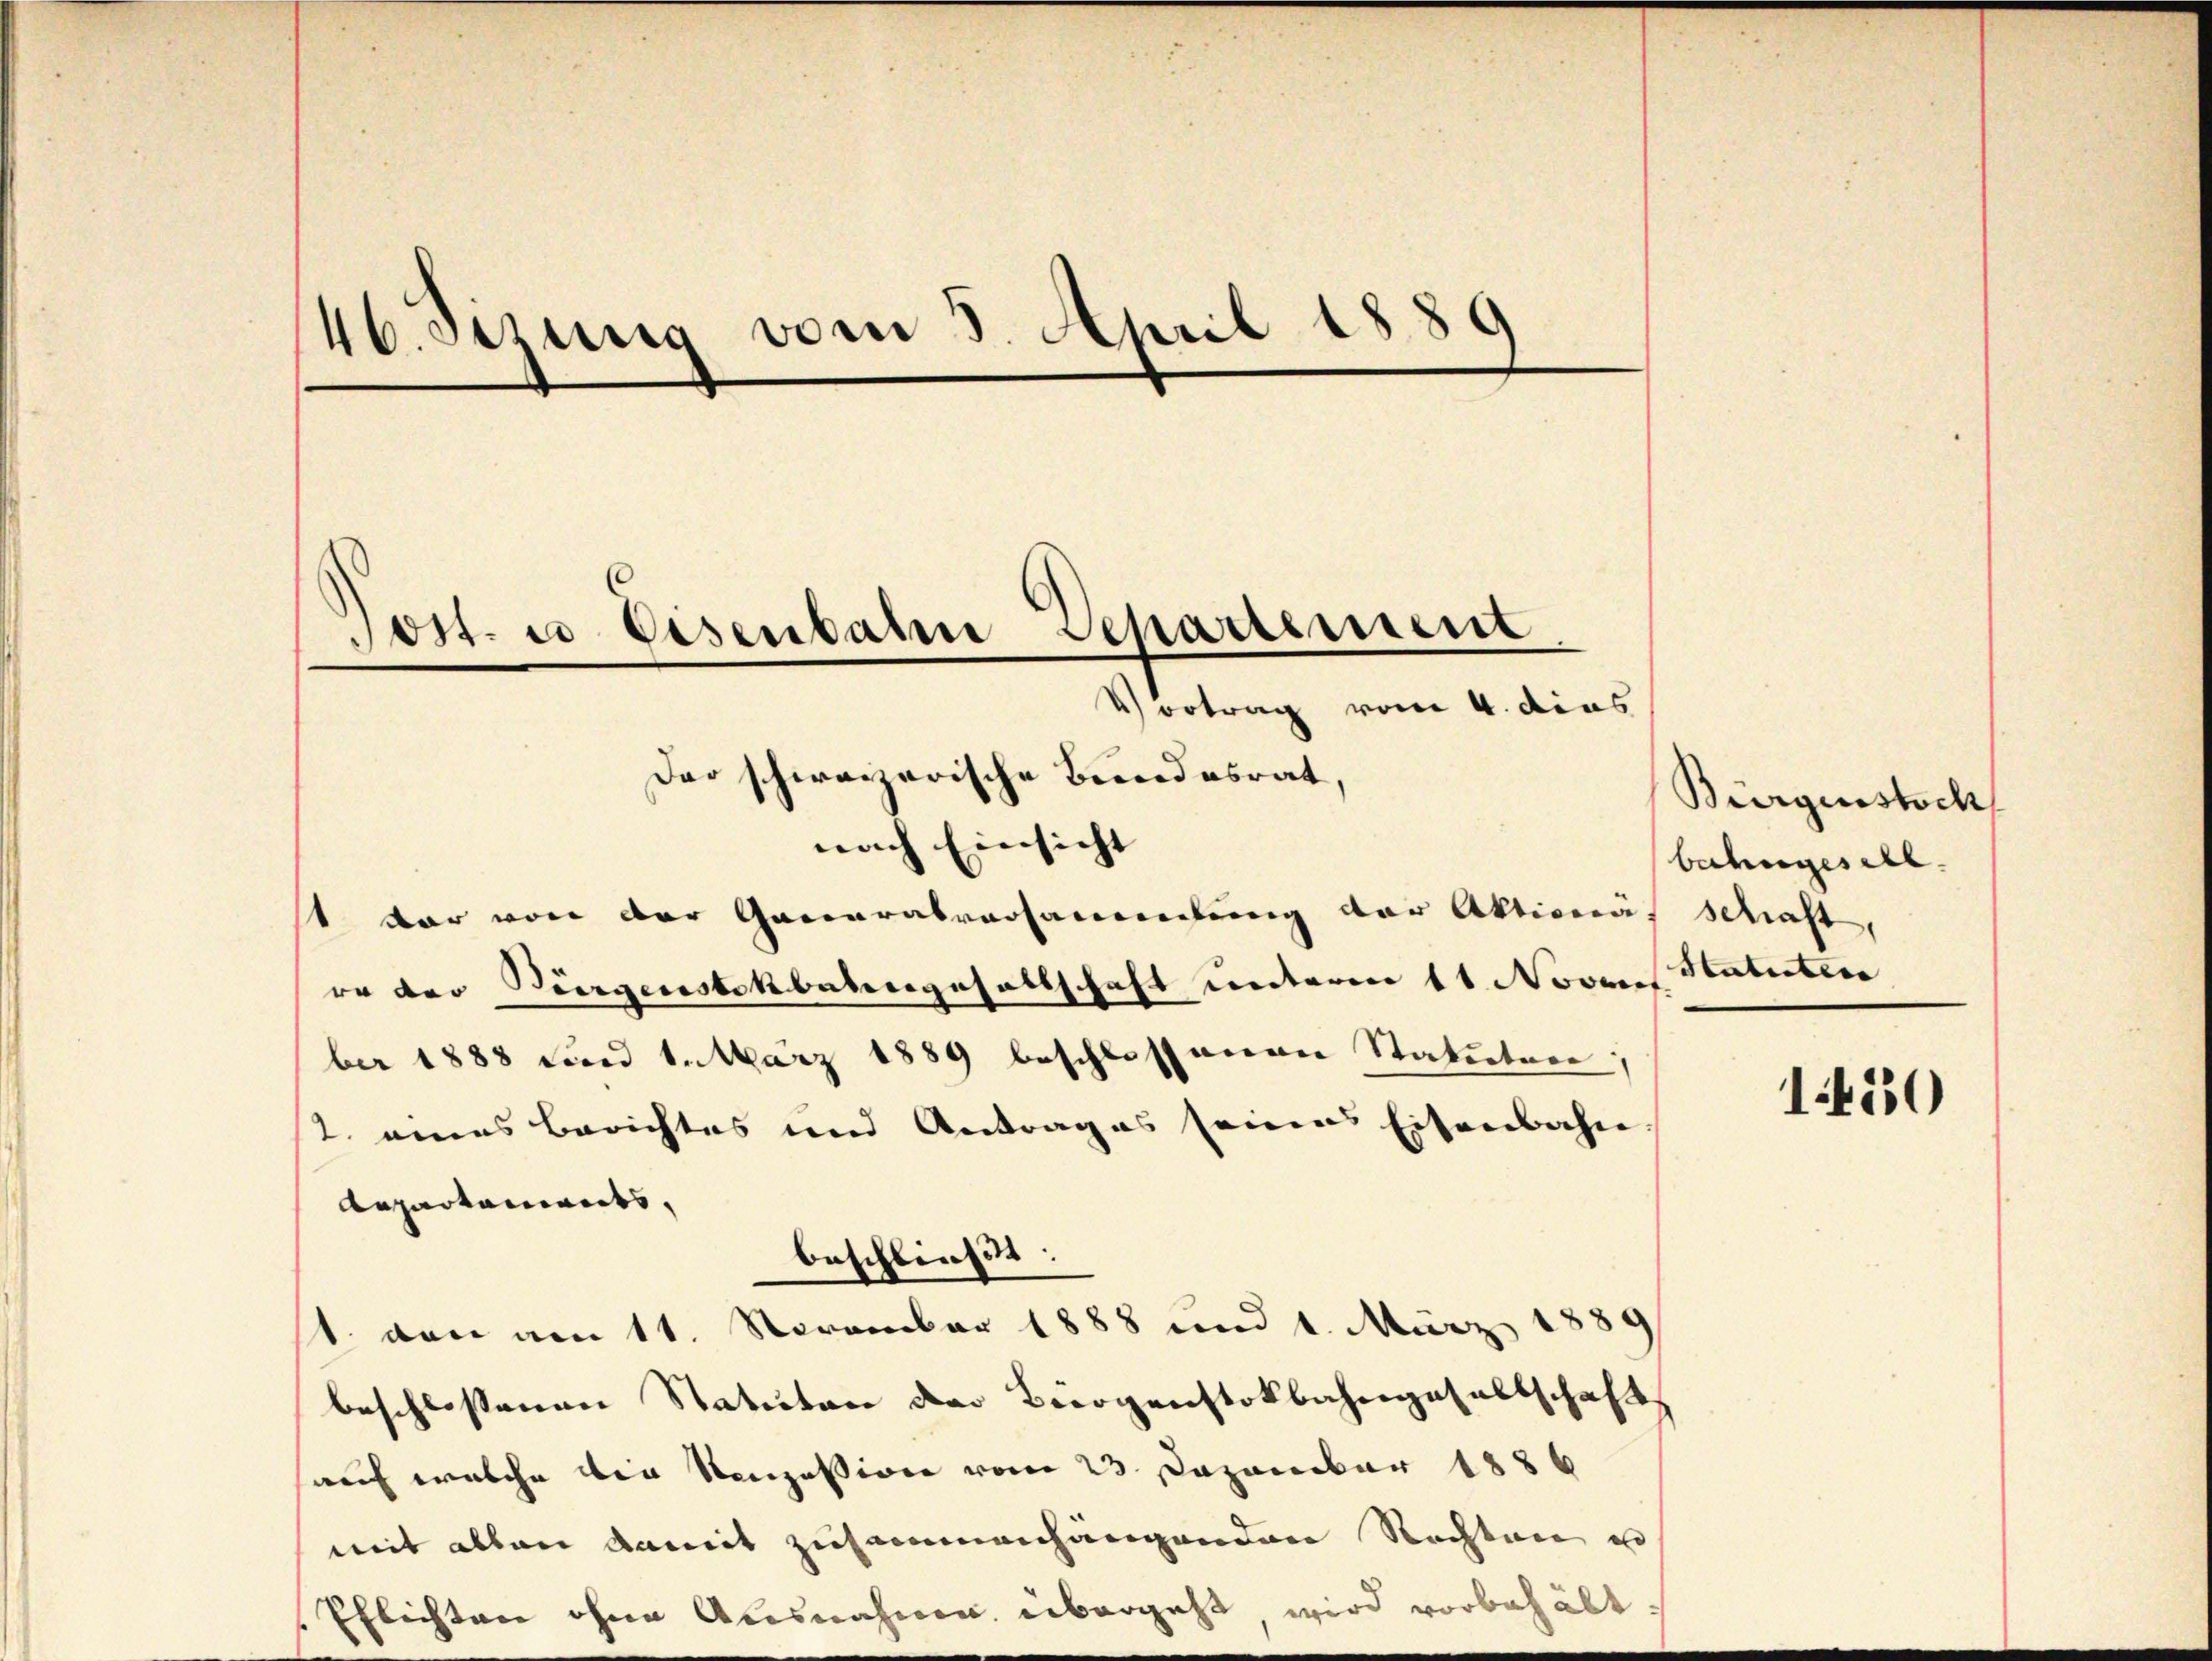
46. Sezung vom 3. April 1889
Jost u. Eisenbahn Departement
e
Vortrag vom 4. dies
Der schweizerische Bundesrat,

nach Einsicht
1 dar von der Generalversammlung der Aktionäs schaft,
ro der Bürgensbekbabengesellschaft unterm 11. Novens Statirter
ber 1888 n 1. März 1889 beschlossenen Statuten)
2. eines Berichtes und Antrages seines Eisenbahn
Repartements,
beschließt:
1. von am 11. November 1888 und 1. März 1889
beschlossenen Statuten der Bürgenstokbahngesellschaft
auch welche die Konzession vom 23 Dezember 1886
mit allen damit zusammenhängenden Rechten e
Pflichten ohne Ausnahmen übergeht wird vorbehält.

Bürgenstoch
bahngesell

150